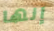
إنها